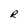
Character: R